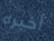
أخيره